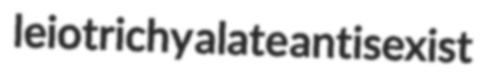
leiotrichy alate antisexist